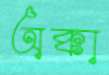
অক্কা